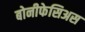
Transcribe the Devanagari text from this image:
बोनीफेसिअस